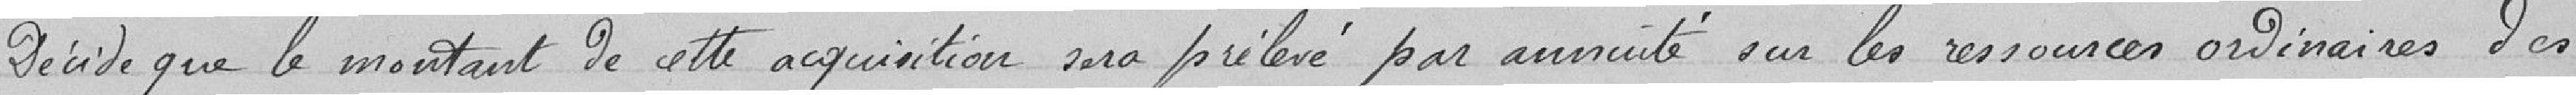
Décide que le montant de cette acquisition sera prélevé par annuité sur les ressources ordinaires des